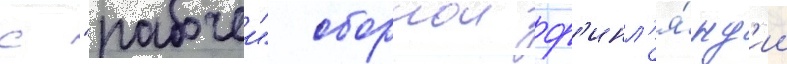
с "рабочеи" сборнои ф'инл'я́нд'ии